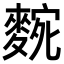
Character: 𮭼